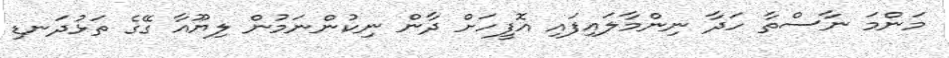
މަންމަ ނާސްތާ ހަދާ ނިންމާލައިފައި އޮފީހަށް ދާން ނިކުންނަމުން ލިޔޫއާ ގޭގެ ތަޅުދަނޑި